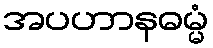
အပဟာနဓမ္မံ